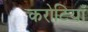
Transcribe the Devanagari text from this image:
करोटियाँ